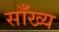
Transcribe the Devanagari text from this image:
साँख्य